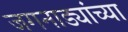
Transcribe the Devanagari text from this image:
जगनाड्यांच्या